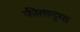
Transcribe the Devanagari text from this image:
फीतानुमा